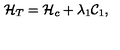
{ \cal H } _ { T } = { \cal H } _ { c } + \lambda _ { 1 } { \cal C } _ { 1 } ,